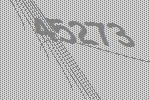
45273